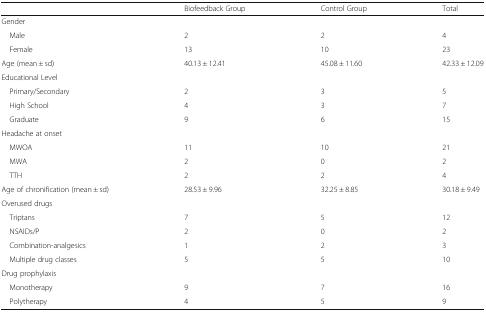
<table><thead><tr><td></td><td><b>Biofeedback Group</b></td><td><b>Control Group</b></td><td><b>Total</b></td></tr></thead><tbody><tr><td>Gender</td><td></td><td></td><td></td></tr><tr><td> Male</td><td>2</td><td>2</td><td>4</td></tr><tr><td> Female</td><td>13</td><td>10</td><td>23</td></tr><tr><td>Age (mean ± sd)</td><td>40.13 ± 12.41</td><td>45.08 ± 11.60</td><td>42.33 ± 12.09</td></tr><tr><td>Educational Level</td><td></td><td></td><td></td></tr><tr><td> Primary/Secondary</td><td>2</td><td>3</td><td>5</td></tr><tr><td> High School</td><td>4</td><td>3</td><td>7</td></tr><tr><td> Graduate</td><td>9</td><td>6</td><td>15</td></tr><tr><td>Headache at onset</td><td></td><td></td><td></td></tr><tr><td> MWOA</td><td>11</td><td>10</td><td>21</td></tr><tr><td> MWA</td><td>2</td><td>0</td><td>2</td></tr><tr><td> TTH</td><td>2</td><td>2</td><td>4</td></tr><tr><td>Age of chronification (mean ± sd)</td><td>28.53 ± 9.96</td><td>32.25 ± 8.85</td><td>30.18 ± 9.49</td></tr><tr><td>Overused drugs</td><td></td><td></td><td></td></tr><tr><td> Triptans</td><td>7</td><td>5</td><td>12</td></tr><tr><td> NSAIDs/P</td><td>2</td><td>0</td><td>2</td></tr><tr><td> Combination-analgesics</td><td>1</td><td>2</td><td>3</td></tr><tr><td> Multiple drug classes</td><td>5</td><td>5</td><td>10</td></tr><tr><td>Drug prophylaxis</td><td></td><td></td><td></td></tr><tr><td> Monotherapy</td><td>9</td><td>7</td><td>16</td></tr><tr><td> Polytherapy</td><td>4</td><td>5</td><td>9</td></tr></tbody></table>